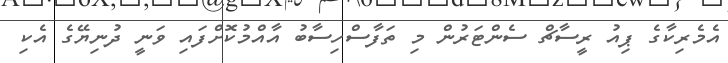
އެމެރިކާގެ ޕިއު ރީސާޗް ސެންޓަރުން މި ތަފާސްހިސާބު އާއްމުކޮށްފައި ވަނީ ދުނިޔޭގެ އެކި